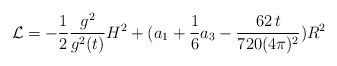
\begin{align*}{\cal L}= -\frac{1}{2} \frac{g^2}{g^2(t)} H^2 + (a_1 + \frac{1}{6}a_3 -\frac{62 \, t}{720(4 \pi)^2}) R^2\end{align*}